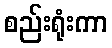
စည်းရုံးကာ